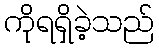
ကိုရရှိခဲ့သည်